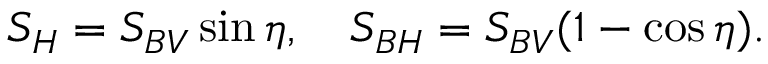
S _ { H } = S _ { B V } \sin \eta , ~ ~ ~ S _ { B H } = S _ { B V } ( 1 - \cos \eta ) .